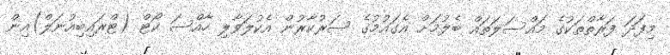
މިފަދަ ފަރާތްތަކުގެ މައްސަލަތައް ބެލުމަށް އެގައުމުގެ ސަރުކާރުން އެކުލަވާލި ހާއްސަ ކޯޓް (ޓްރައިބިއުނަލް)އިން